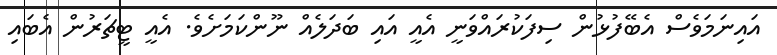
އައިނަމަވެސް އެބޭފުޅުން ސިފަކުރައްވަނީ އެއީ އައި ބަދަލެއް ނޫންކަމަށެވެ. އެއީ ޓީޗަރުން އެބައި